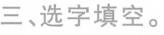
三选字填空。